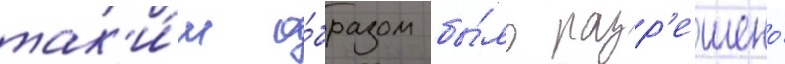
так'и́м о́бразом бы́ло разр'ешено́